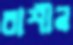
রাশীন